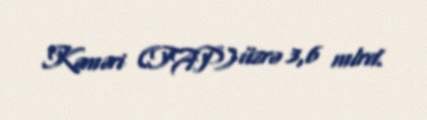
Kəməri (TAP) üzrə 3,6 mlrd.